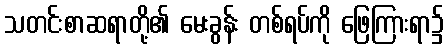
သတင်းစာဆရာတို့၏ မေးခွန်း တစ်ရပ်ကို ဖြေကြားရာ၌